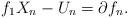
LaTeX: \begin{align*}f_1 X_n - U_n = \partial f_n.\end{align*}